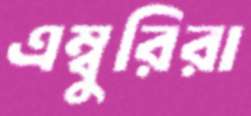
এম্বুরিরা